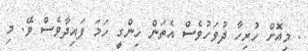
. މިއޮށް ހުރިހާ ދުވަހުވެސް އެތަން ހިންގީ ހަމަ ފައިދާވެސް ވޭ. މި